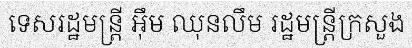
ទេសរដ្ឋមន្ត្រី អ៊ឹម ឈុនលឹម រដ្ឋមន្ត្រីក្រសួង